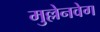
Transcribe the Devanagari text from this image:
मुल्लेनवेग